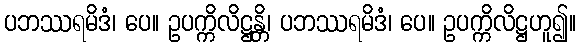
ပဘဿရမိဒံ၊ ပေ။ ဥပက္ကိလိဋ္ဌန္တိ၊ ပဘဿရမိဒံ၊ ပေ။ ဥပက္ကိလိဋ္ဌဟူ၍။